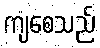
ကျစေသည်